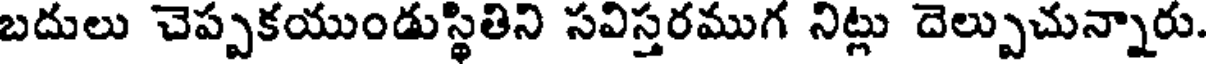
బదులు చెప్పకయుండుస్థితిని సవిస్తరముగ నిట్లు దెల్పుచున్నారు.